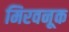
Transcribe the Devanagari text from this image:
मिरवनूक